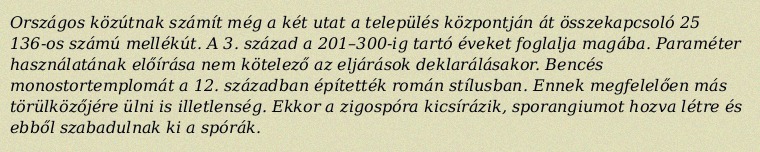
Országos közútnak számít még a két utat a település központján át összekapcsoló 25 136-os számú mellékút. A 3. század a 201–300-ig tartó éveket foglalja magába. Paraméter használatának előírása nem kötelező az eljárások deklarálásakor. Bencés monostortemplomát a 12. században építették román stílusban. Ennek megfelelően más törülközőjére ülni is illetlenség. Ekkor a zigospóra kicsírázik, sporangiumot hozva létre és ebből szabadulnak ki a spórák.